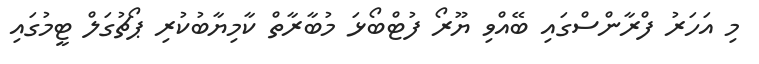
މި އަހަރު ފްރާންސްގައި ބޭއްވި ޔޫރޯ ފުޓްބޯޅަ މުބާރާތް ކާމިޔާބުކުރި ޕޯޗުގަލް ޓީމުގައި